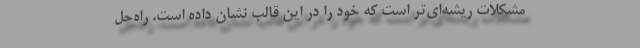
مشکلات ریشه‌ای‌تر است که خود را در این قالب نشان داده است. راه‌حل